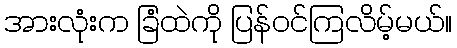
အားလုံးက ခြံထဲကို ပြန်ဝင်ကြလိမ့်မယ်။